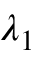
\lambda _ { 1 }